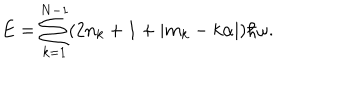
LaTeX: E = \sum _ { k = 1 } ^ { N - 1 } ( 2 n _ { k } + 1 + | m _ { k } - k \alpha | ) \hbar \omega .